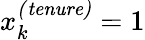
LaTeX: x_{k}^{\mathit{(tenure)}}=1